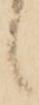
候